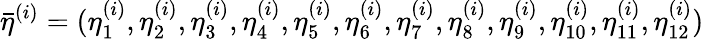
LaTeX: \bar{\eta}^{(i)}=(\eta_{1}^{(i)},\eta_{2}^{(i)},\eta_{3}^{(i)},\eta_{4}^{(i)},\eta_{5}^{(i)},\eta_{6}^{(i)},\eta_{7}^{(i)},\eta_{8}^{(i)},\eta_{9}^{(i)},\eta_{10}^{(i)},\eta_{11}^{(i)},\eta_{12}^{(i)})